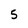
Character: 5